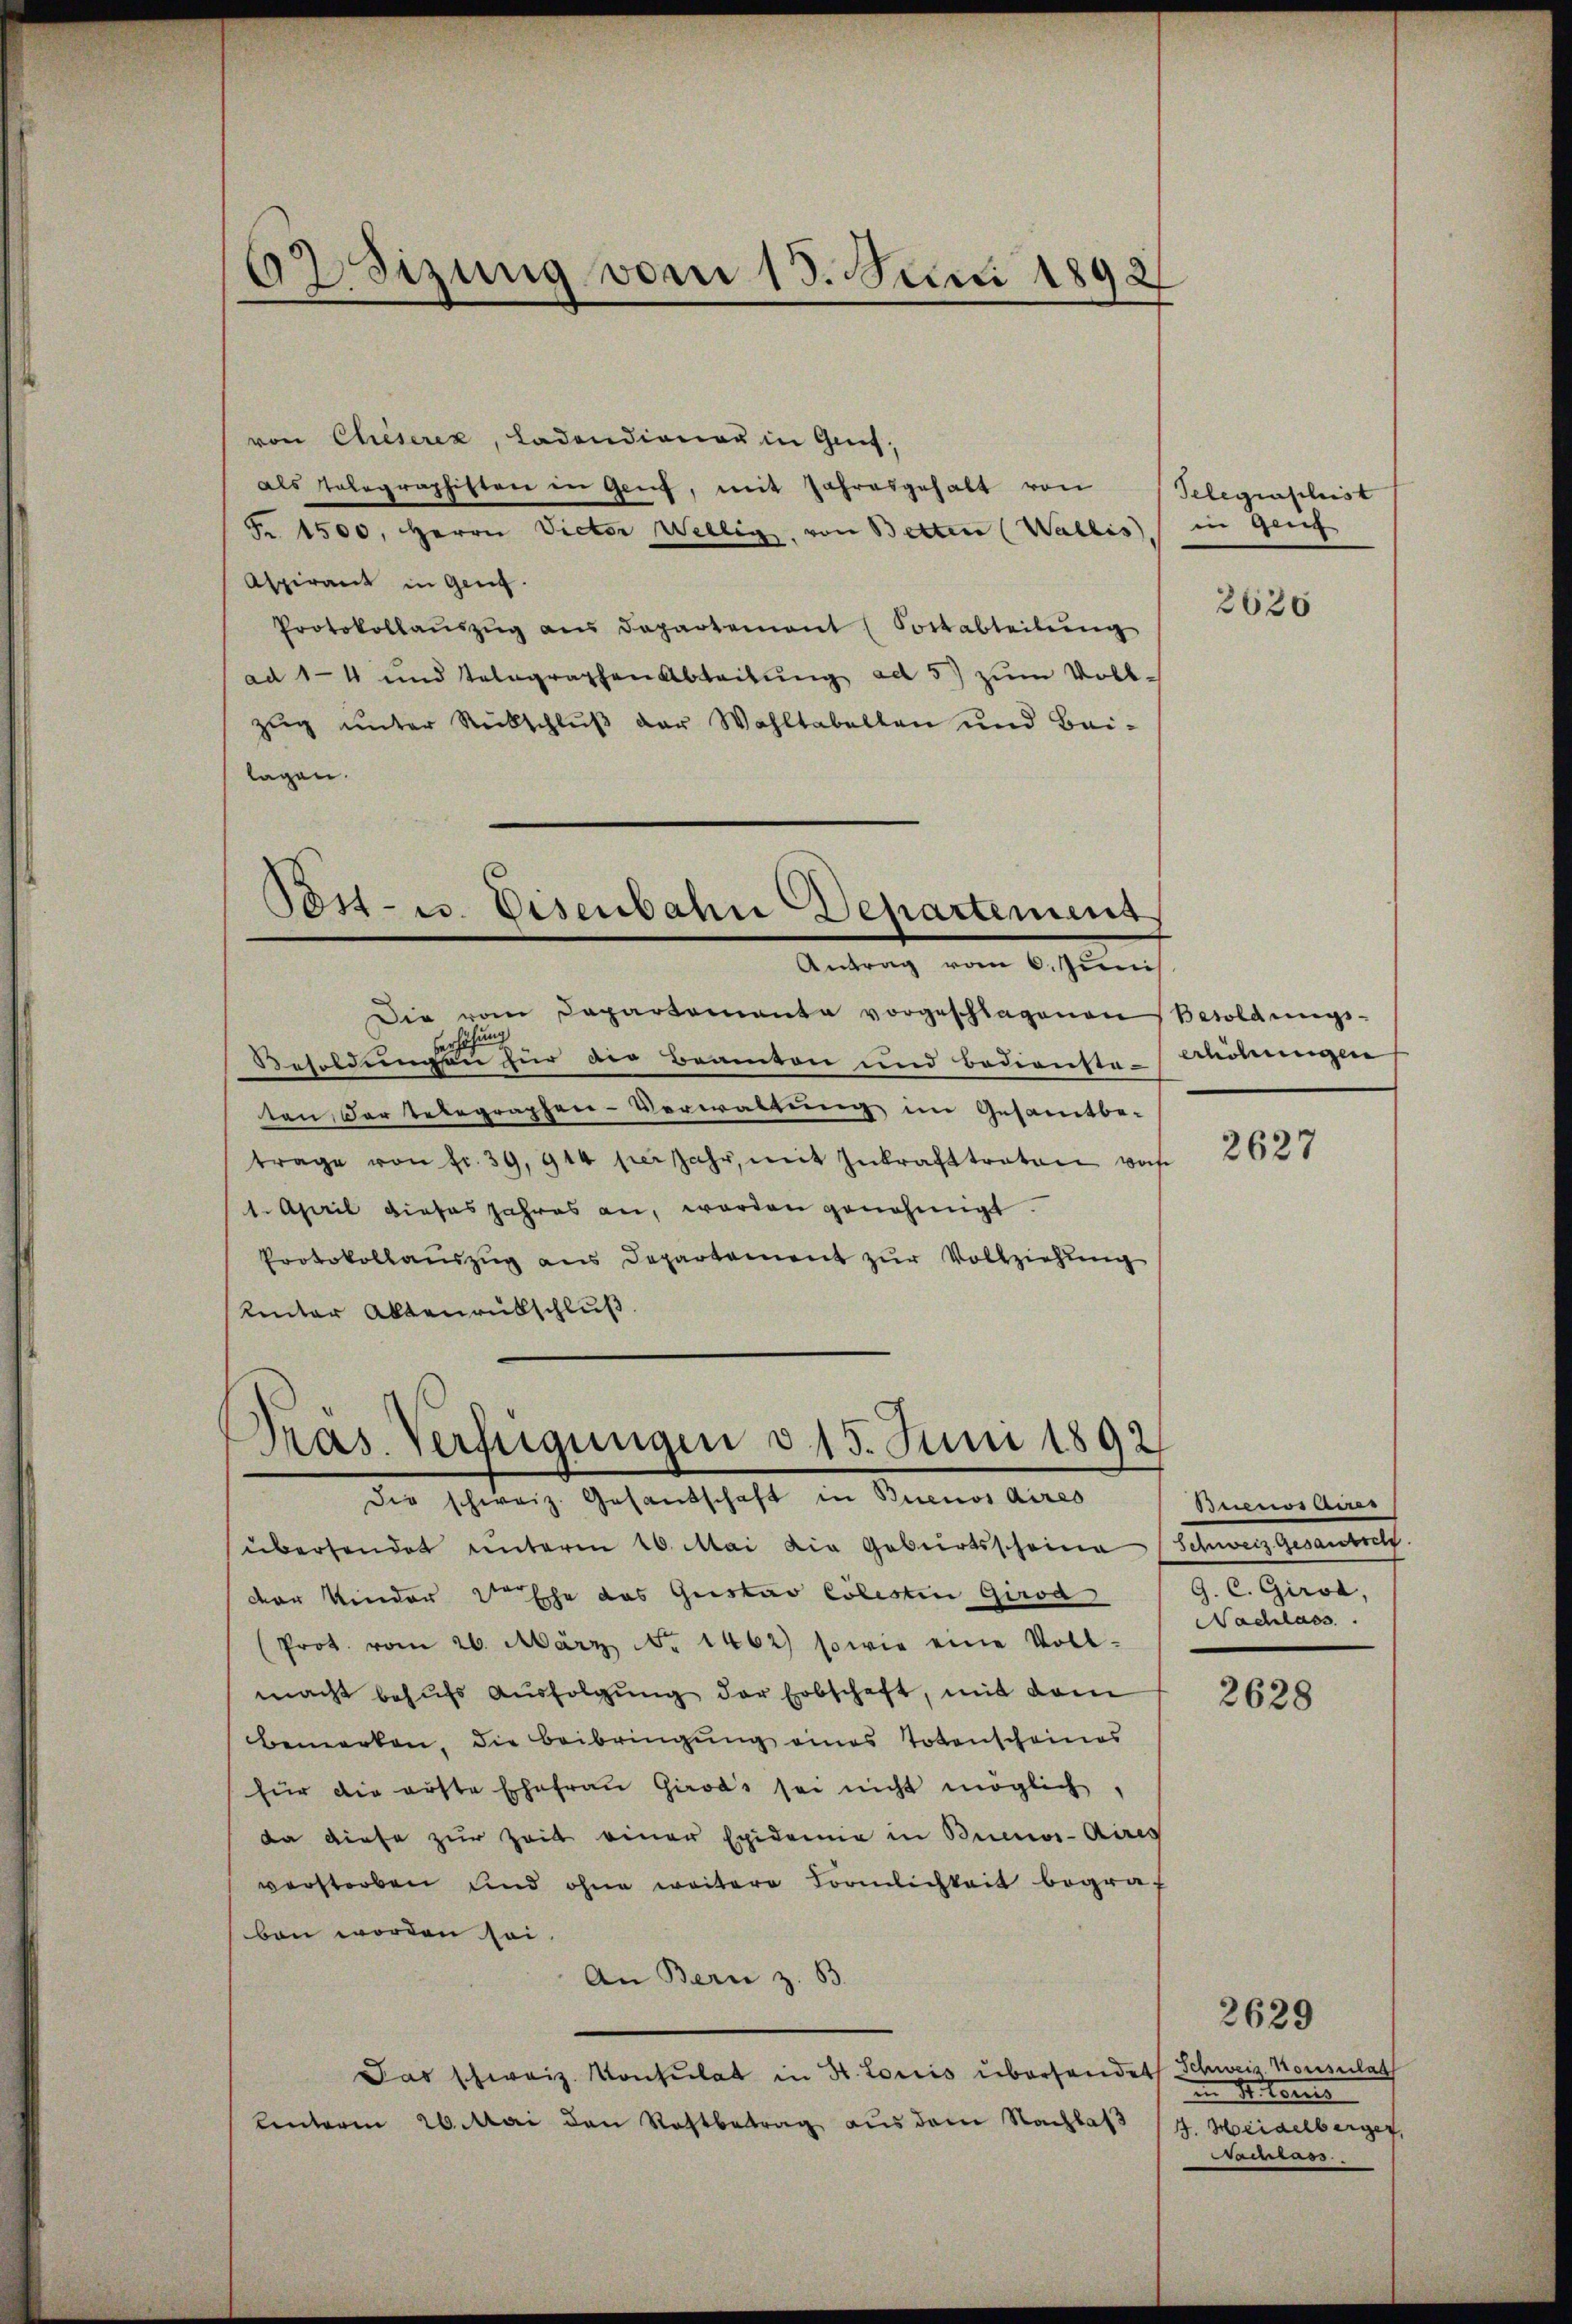
2Sizung vom 15. Juni 1892

von Chieserez, Ladendiener in Genf,
als Tolographisten in Genf, mit Jahresgehalt von
Fr. 1500. Herrn Victor Wellig, von Betten (Wallis, in Genf
Aspirant in Geng.
Protokollaŭszŭg ans Departement (Soctabteilŭng
ad 14 und telegraphen Abteilŭng ad 5) zum Voll-
zug unter Rückschluß der Wahltabellen und Bei-
lagen.

Post- u. Eisenbahn Departement
Antrag vom 6. Junis

Die vom Departemente vorgeschlagenen
ung
ha
Besoldungen für die Beamten und bediensteilungen
ten, der telegraphen-Verwaltung im Gesamtbe-
trage von fr. 39, 914 her jahr, mit Inkrafttreten woh
1. April dieses Jahres an, worden genehmigt.
Protokollaŭszŭg ans Departement zŭr Vollziehŭng
Rinter Altenrütschluß

Pras. Verfügungen d. 15. Juni 1892
die schweiz. Gesandschaft in Buenos Aires

übersendet unterm 20. Mai die Geburtsscheina
der Kinder der Ehe das Gustav Cölesten Girod
(Prot. vom 26. März No. 1462) sowie eine Voll-
macht behufs Ausfolgŭng der Erbschaft, mit dem
bemerken, die Beibringŭng eines Totenscheines
für die erste Ehefrau Girod’s sei nicht möglich,
da diese zur Zeit einer Epidemie in Buenos-Aires
verstorben und ohne weitere Förmlichkeit begraf
ben worden sei
An Bern z. B.
Jas schweiz. Konsulat in St. Loris überhandet Schweiz. Konsulat
Unterm 26. Mai den Restbetrag aus dem Nachlas

Gelegenschist

2636

Besoldungs-

2627

Beieinan
Fennen Gemeindernf
G. C. Giroa,
Nachlass

2628

2629
in Stern
4. Heidelberger,
msass.